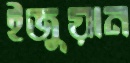
ইজুয়ান